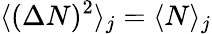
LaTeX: \langle(\Delta N)^{2}\rangle_{j}=\langle N\rangle_{j}